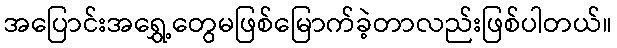
အပြောင်းအရွှေ့တွေမဖြစ်မြောက်ခဲ့တာလည်းဖြစ်ပါတယ်။